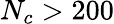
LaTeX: N_{c}>200